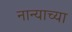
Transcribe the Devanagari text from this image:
नान्याच्या